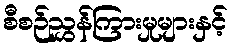
စီစဉ်ညွှန်ကြားမှုများနှင့်